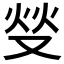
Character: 𱑺